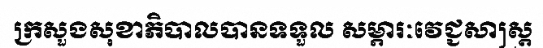
ក្រសួងសុខាភិបាលបានទទួល សម្ភារៈវេជ្ជសាស្ត្រ